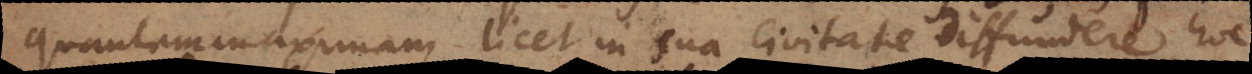
quantam maximam licet in sua civitate diffundere, hoc